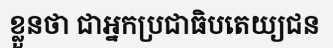
ខ្លួនថា ជាអ្នកប្រជាធិបតេយ្យជន